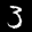
Label: 3